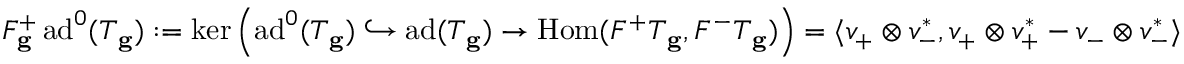
F _ { \mathbf { g } } ^ { + } \, \mathrm { a d } ^ { 0 } ( T _ { \mathbf { g } } ) : = \ker \left( \mathrm { a d } ^ { 0 } ( T _ { \mathbf { g } } ) \hookrightarrow \mathrm { a d } ( T _ { \mathbf { g } } ) \to \mathrm { H o m } ( F ^ { + } T _ { \mathbf { g } } , F ^ { - } T _ { \mathbf { g } } ) \right) = \langle v _ { + } \otimes v _ { - } ^ { * } , v _ { + } \otimes v _ { + } ^ { * } - v _ { - } \otimes v _ { - } ^ { * } \rangle